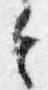
令